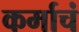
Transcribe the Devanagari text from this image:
कर्माचं